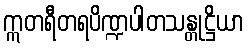
ဣတရီတရပိဏ္ဍပါတသန္တုဋ္ဌိယာ